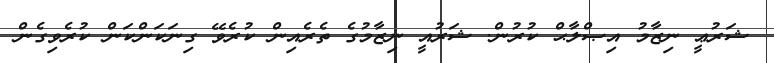
ޝަރުޢީ ނިޒާމު އިޞްލާޙް ކުރުން. ޝަރުއީ ނިޒާމުގެ ތެރެއިން ކުރެވޭ ގިނަކަންކަން ކުރެވިގެން